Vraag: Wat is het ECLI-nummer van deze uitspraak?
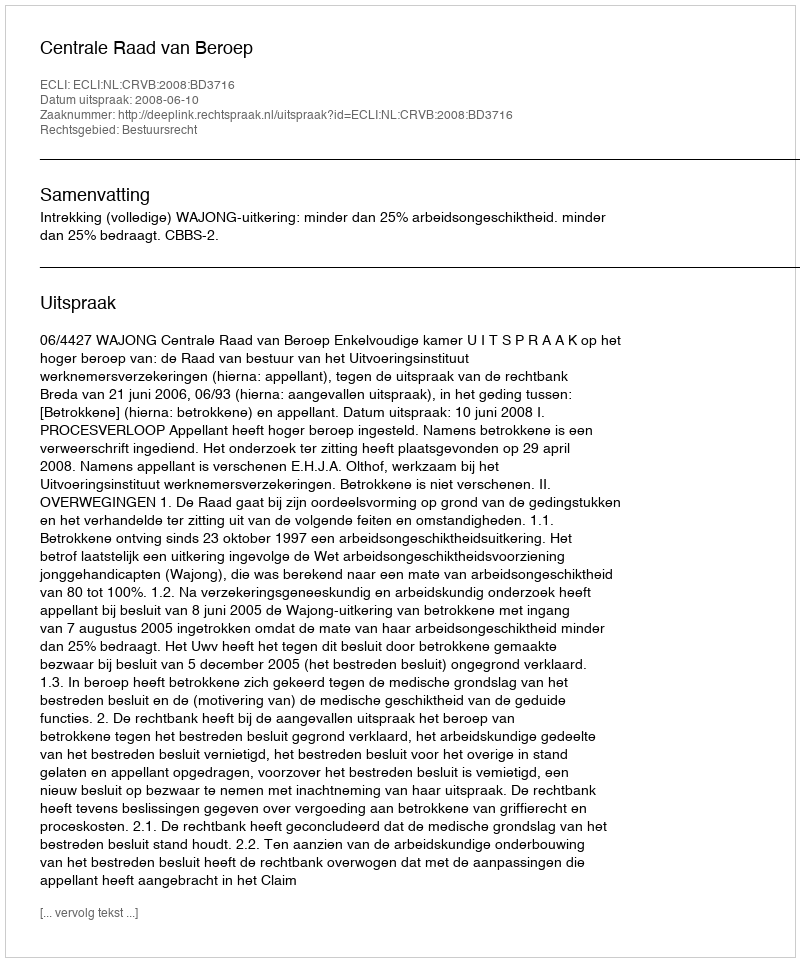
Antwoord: ECLI:NL:CRVB:2008:BD3716